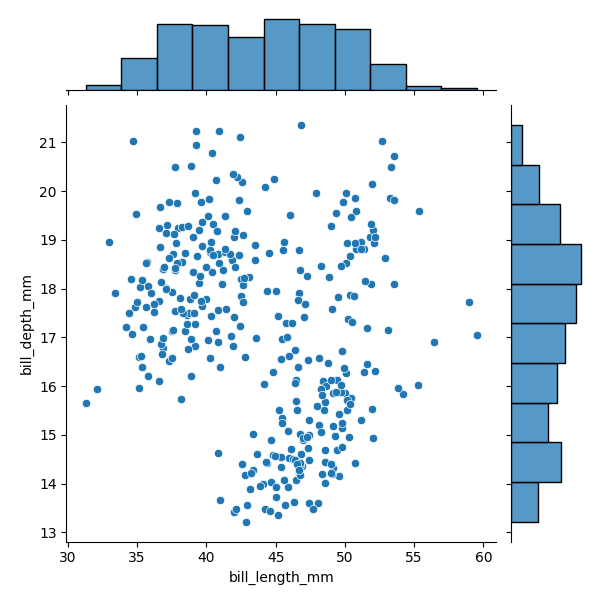
python, seaborn, JointGrid, scatterplot, histplot